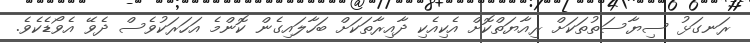
ރަނގަޅު ސިޔާސަތުތަކަށް ރިއާޔަތްކޮށް އެކިއެކި ދާއިރާތަކަށް ބަހާލައިގެން ކޮންމެ އަހަރަކުވެސް ދެވޭ އެވޯޑެކެވެ.